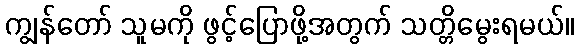
ကျွန်တော် သူမကို ဖွင့်ပြောဖို့အတွက် သတ္တိမွေးရမယ်။